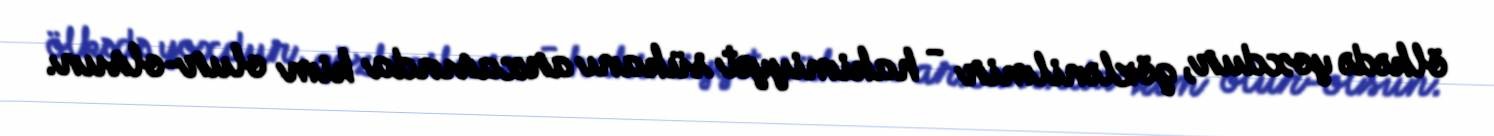
ölkədə yoxdur, gözlənilmir - hakimiyyət sükanı arxasında kim olur-olsun.